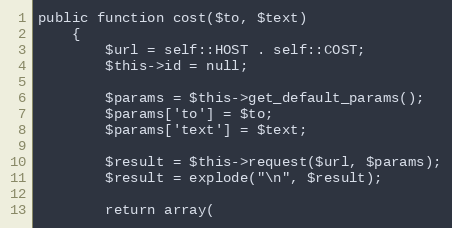
Language: PHP
public function cost($to, $text)
    {
        $url = self::HOST . self::COST;
        $this->id = null;

        $params = $this->get_default_params();
        $params['to'] = $to;
        $params['text'] = $text;

        $result = $this->request($url, $params);
        $result = explode("\n", $result);

        return array(